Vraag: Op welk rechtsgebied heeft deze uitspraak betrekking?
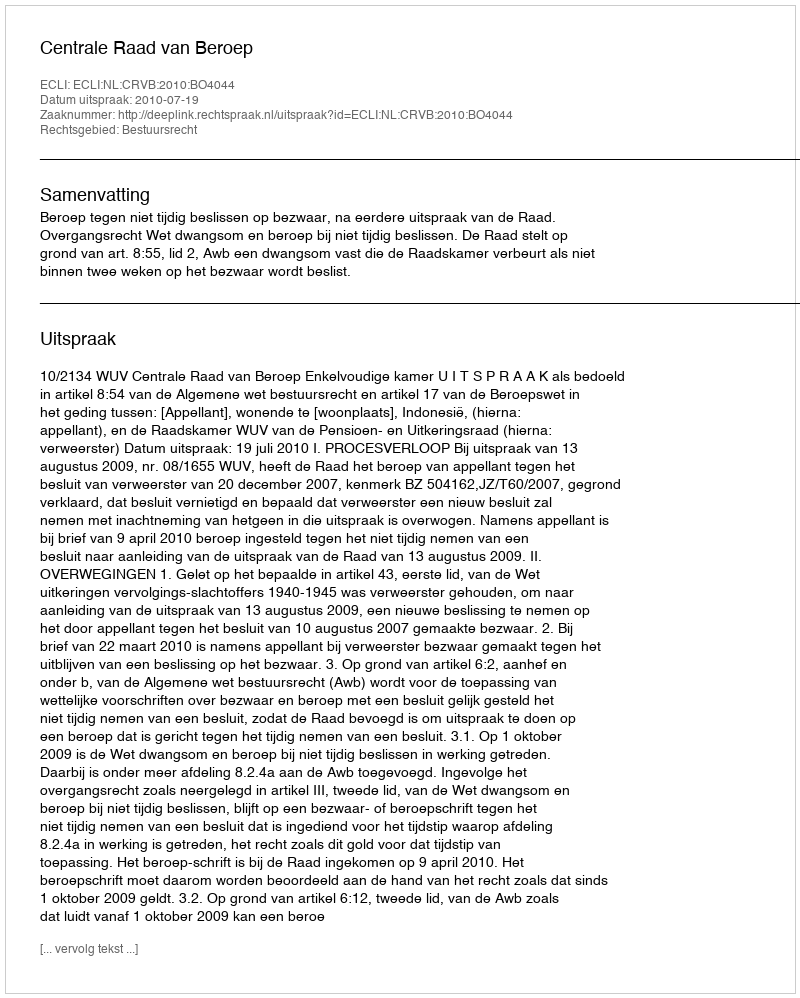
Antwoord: Bestuursrecht